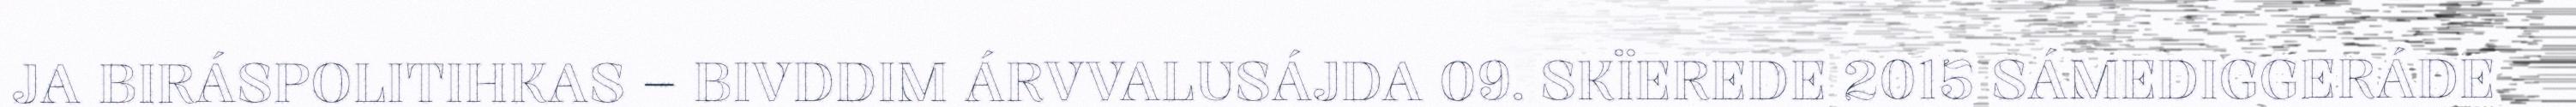
JA BIRÁSPOLITIHKAS – BIVDDIM ÁRVVALUSÁJDA 09. SKÏEREDE 2015 SÁMEDIGGERÁDE